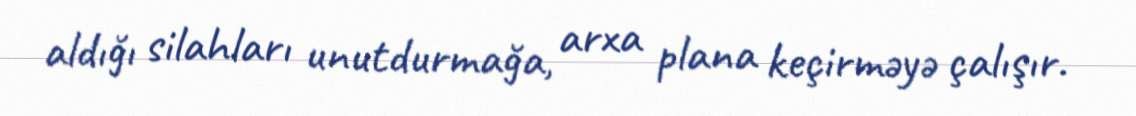
aldığı silahları unutdurmağa, arxa plana keçirməyə çalışır.